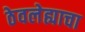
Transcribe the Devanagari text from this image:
ठेवलेह्याचा